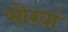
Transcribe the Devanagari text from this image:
मोरवां